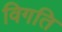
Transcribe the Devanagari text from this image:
विगति